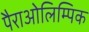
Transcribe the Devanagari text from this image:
पैराओलिम्पिक